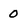
Character: 0